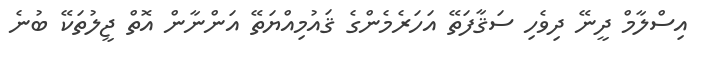
އިސްލާމް ދީނޭ ދިވެހި ސަޤާފަތޭ އަހަރެމެންގެ ޤައުމިއްޔަތޭ އަންނާން އޮތް ޖީލުތަކޭ ބުނެ